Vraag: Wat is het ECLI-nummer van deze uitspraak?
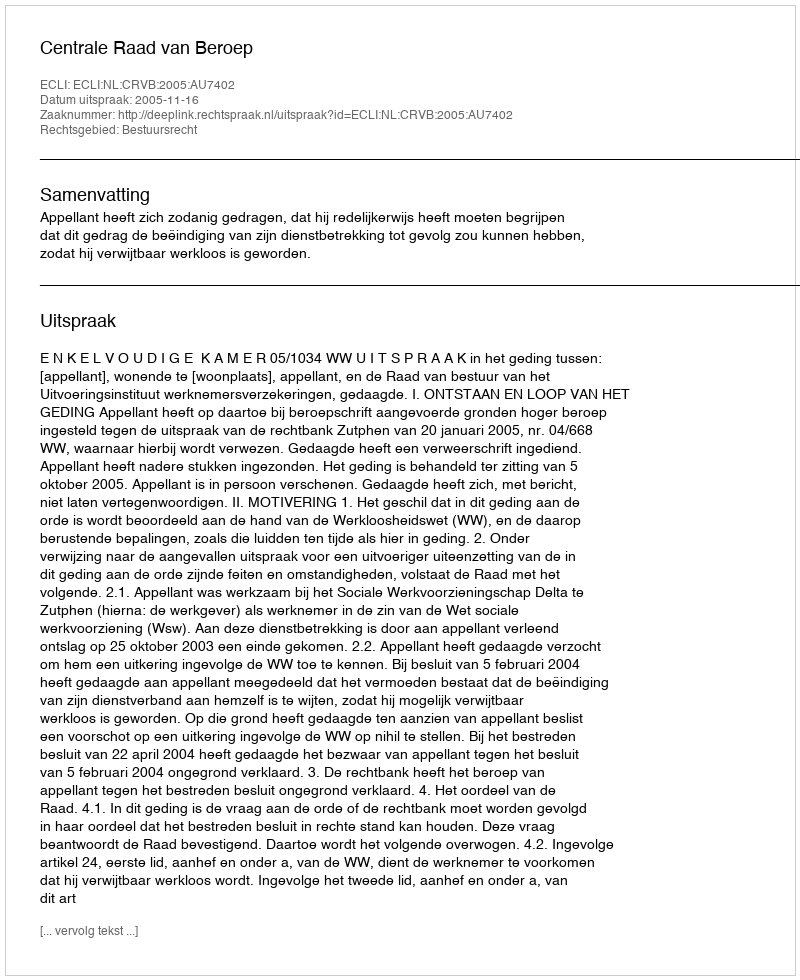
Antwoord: ECLI:NL:CRVB:2005:AU7402